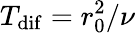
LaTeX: T_{\mathrm{dif}}=r_{0}^{2}/\nu